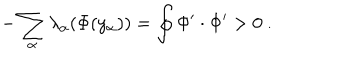
LaTeX: - \sum _ { \alpha } \lambda _ { \alpha } ( \Phi ( y _ { \alpha } ) ) = \oint \Phi ^ { \prime } \cdot \Phi ^ { \prime } > 0 ~ .